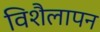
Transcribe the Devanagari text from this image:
विशैलापन